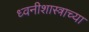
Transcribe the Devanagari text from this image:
ध्वनीशास्त्राच्या